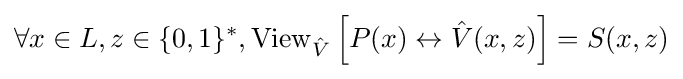
\forall x\in L,z\in \{0,1\}^{*},\operatorname {View} _{\hat {V}}\left[P(x)\leftrightarrow {\hat {V}}(x,z)\right]=S(x,z)